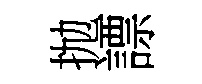
抛謤